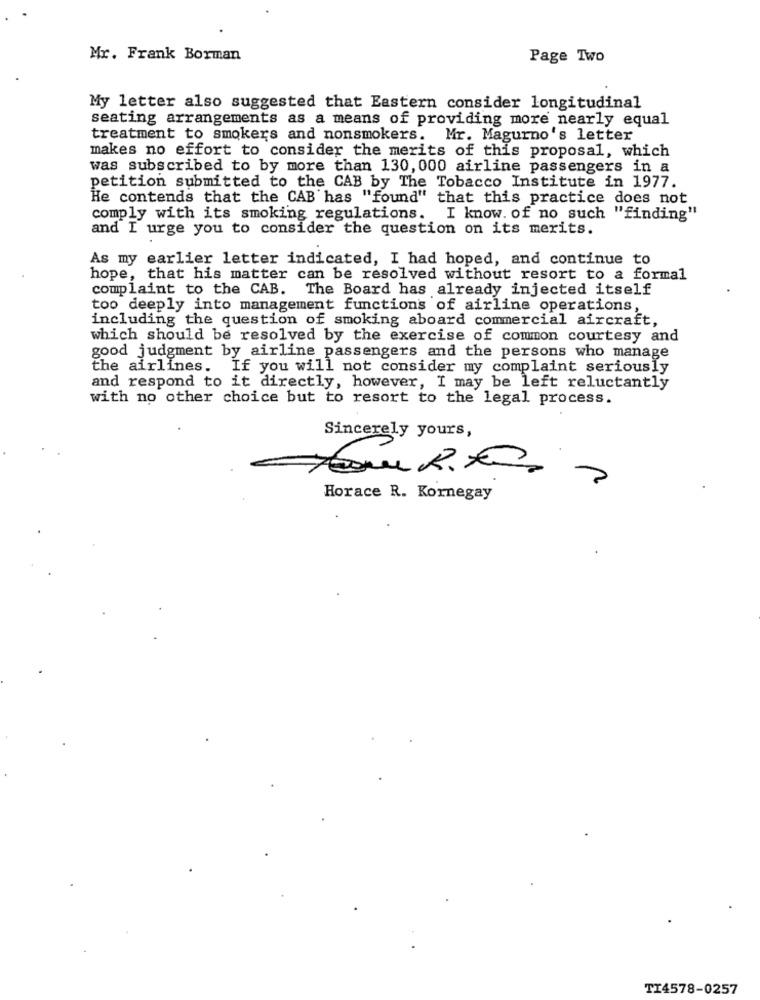
Mr. Frank Borman
Page Two
My letter also suggested that Eastern consider longitudinal
seating arrangements as a means of providing more nearly equal
treatment to smokers and nonsmokers. Mr. Magurno's letter
makes no effort to consider the merits of this proposal, which
was subscribed to by more than 130, 000 airline passengers in a
petition submitted to the CAB by The Tobacco Institute in 1977.
He contends that the CAB has "found" that this practice does not
comply with its smoking regulations. I know. of no such "finding"
and I urge you to consider the question on its merits.
As my earlier letter indicated, I had hoped, and continue to
hope, that his matter can be resolved without resort to a formal
complaint to the CAB. The Board has already injected itself
too deeply into management functions of airline operations,
including the question of smoking aboard commercial aircraft,
which should be resolved by the exercise of common courtesy and
good judgment by airline passengers and the persons who manage
the airlines. If you will not consider my complaint seriously
and respond to it directly, however, I may be left reluctantly
with no other choice but to resort to the legal process.
Sincerely yours,
Horace R. Kornegay
TI4578-0257